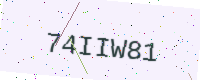
Text: 74IIW81